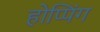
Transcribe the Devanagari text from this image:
होप्पिंग